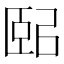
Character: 𦣤